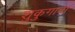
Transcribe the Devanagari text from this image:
शुकुगावा